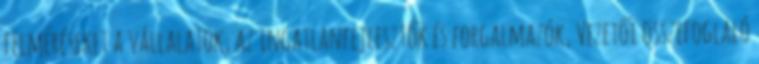
felméréseket a vállalatok, az ingatlanfejlesztők és forgalmazók, Vezetői összefoglaló